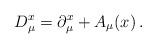
LaTeX: \begin{align*}D^x_\mu = \partial^x_\mu + A_\mu(x) \,.\end{align*}